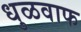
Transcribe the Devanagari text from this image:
धुळवाफ